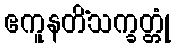
ဧကူနတိံသက္ခတ္တုံ